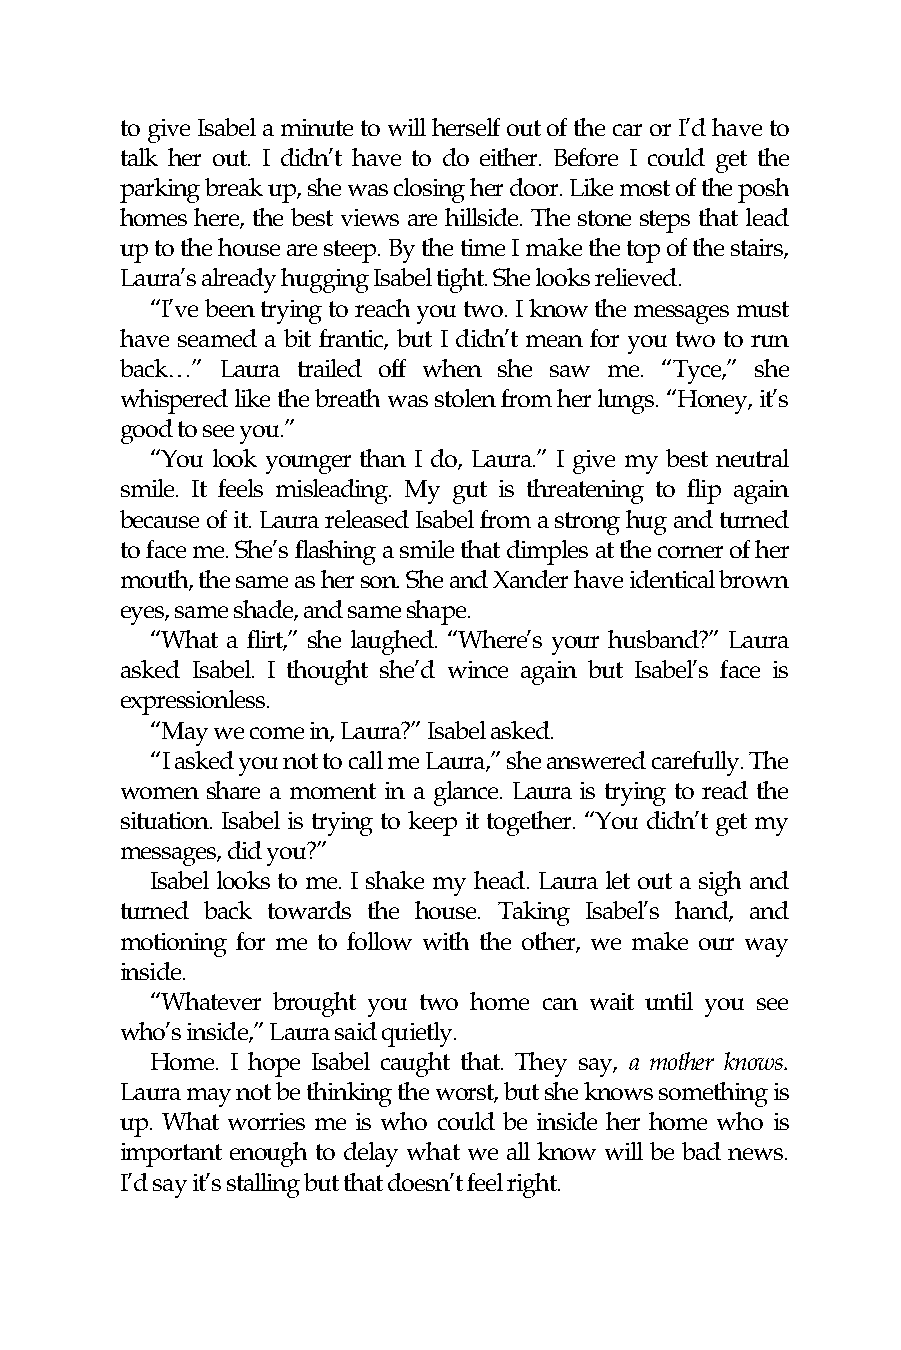
to give Isabel a minute to will herself out of the car or I’d have to
 talk her out. I didn’t have to do either. Before I could get the
 parking break up, she was closing her door. Like most of the posh
 homes here, the best views are hillside. The stone steps that lead
 up to the house are steep. By the time I make the top of the stairs,
 Laura’s already hugging Isabel tight. She looks relieved.
 “I’ve been trying to reach you two. I know the messages must
 have seamed a bit frantic, but I didn’t mean for you two to run
 back…” Laura trailed off when she saw me. “Tyce,” she
 whispered like the breath was stolen from her lungs. “Honey, it’s
 good to see you.”
 “You look younger than I do, Laura.” I give my best neutral
 smile. It feels misleading. My gut is threatening to flip again
 because of it. Laura released Isabel from a strong hug and turned
 to face me. She’s flashing a smile that dimples at the corner of her
 mouth, the same as her son. She and Xander have identical brown
 eyes, same shade, and same shape.
 “What a flirt,” she laughed. “Where’s your husband?” Laura
 asked Isabel. I thought she’d wince again but Isabel’s face is
 expressionless.
 “May we come in, Laura?” Isabel asked.
 “I asked you not to call me Laura,” she answered carefully. The
 women share a moment in a glance. Laura is trying to read the
 situation. Isabel is trying to keep it together. “You didn’t get my
 messages, did you?”
 Isabel looks to me. I shake my head. Laura let out a sigh and
 turned back towards the house. Taking Isabel’s hand, and
 motioning for me to follow with the other, we make our way
 inside.
 “Whatever brought you two home can wait until you see
 who’s inside,” Laura said quietly.
 Home. I hope Isabel caught that. They say, a mother knows.
 Laura may not be thinking the worst, but she knows something is
 up. What worries me is who could be inside her home who is
 important enough to delay what we all know will be bad news.
 I’d say it’s stalling but that doesn’t feel right.